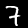
Label: 7